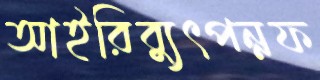
আইরিব্যুৎপন্নফ